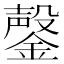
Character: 鏧